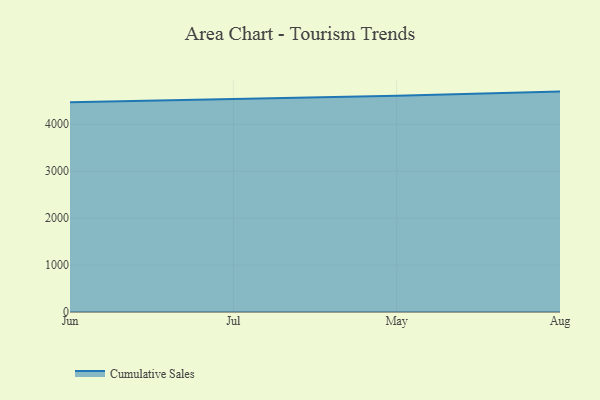
{"axis": {"x": "Month", "y": "Shipments"}, "legend": ["Cumulative Sales"], "data": [{"x": "Jun", "y": 4470.9, "type": "Cumulative Sales"}, {"x": "Jul", "y": 4538.2, "type": "Cumulative Sales"}, {"x": "May", "y": 4608.1, "type": "Cumulative Sales"}, {"x": "Aug", "y": 4696.7, "type": "Cumulative Sales"}]}